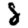
Digit: 8